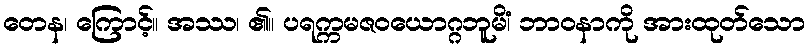
တေန၊ ကြောင့်။ အဿ၊ ၏။ ပရက္ကမဇဝယောဂ္ဂဘူမိံ၊ ဘာဝနာကို အားထုတ်သော